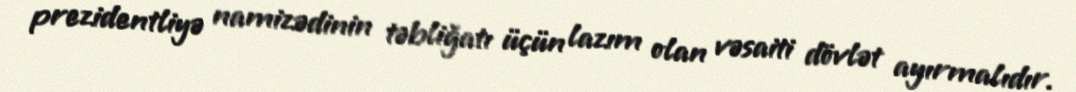
prezidentliyə namizədinin təbliğatı üçün lazım olan vəsaiti dövlət ayırmalıdır.